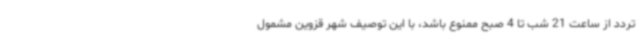
تردد از ساعت 21 شب تا 4 صبح ممنوع باشد، با این توصیف شهر قزوین مشمول